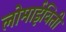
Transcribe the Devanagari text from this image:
लोमाईविती